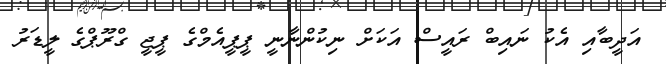
އަދީބާއި އެކު ނައިބް ރައީސް އަކަށް ނިކުންނާނީ ޕީޕީއެމްގެ ޕީޖީ ގްރޫޕްގެ ލީޑަރު